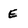
Character: E